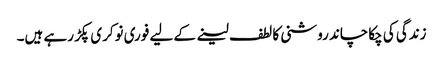
زندگی کی چکاچاند روشنی کا لطف لینے کے لیے فوری نوکری پکڑ رہے ہیں۔